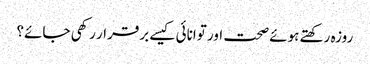
روزہ رکھتے ہوئے صحت اور توانائی کیسے برقرار رکھی جائے؟